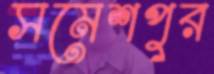
সমেশপুর